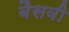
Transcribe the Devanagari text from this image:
बैसवी